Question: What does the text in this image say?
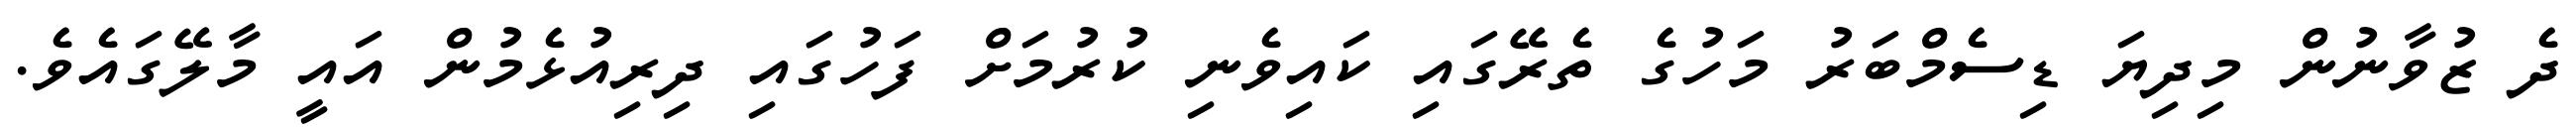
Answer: ދެ ޒުވާނުން މިދިޔަ ޑިސެމްބަރު މަހުގެ ތެރޭގައި ކައިވެނި ކުރުމަށް ފަހުގައި ދިރިއުޅެމުން އައީ މާލޭގައެވެ.